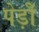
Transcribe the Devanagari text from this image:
पेड़ोँ